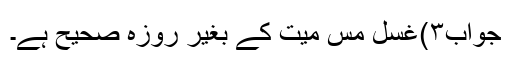
جواب۳)غسل مس میت کے بغیر روزہ صحیح ہے۔